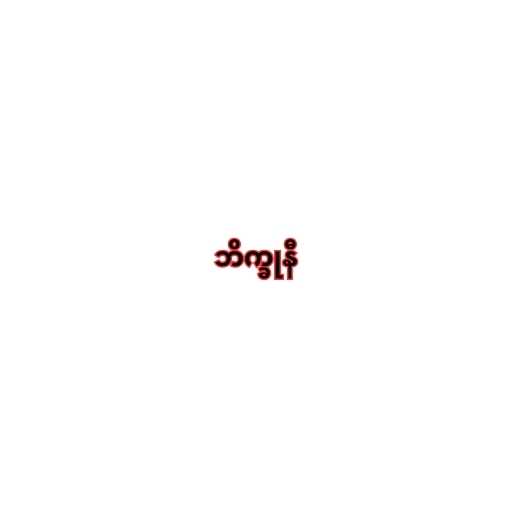
ဘိက္ခုနီ